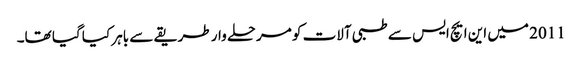
2011 میں این ایچ ایس سے طبی آلات کو مرحلے وار طریقے سے باہر کیا گیا تھا۔